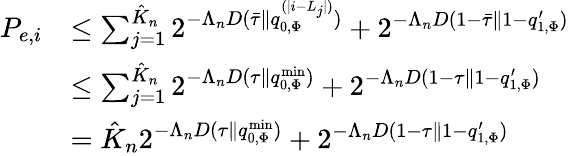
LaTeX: \begin{array}{rl}{P_{e,i}}&{\le\sum_{j=1}^{\hat{K}_{n}}2^{-\Lambda_{n}D(\bar{\tau}\| q_{0,\Phi}^{(|i-L_{j}|)})}+2^{-\Lambda_{n}D(1-\bar{\tau}\| 1-q_{1,\Phi}^{\prime})}}\\ &{\le\sum_{j=1}^{\hat{K}_{n}}2^{-\Lambda_{n}D(\tau\| q_{0,\Phi}^{\mathrm{min}})}+2^{-\Lambda_{n}D(1-\tau\| 1-q_{1,\Phi}^{\prime})}}\\ &{=\hat{K}_{n}2^{-\Lambda_{n}D(\tau\| q_{0,\Phi}^{\mathrm{min}})}+2^{-\Lambda_{n}D(1-\tau\| 1-q_{1,\Phi}^{\prime})}}\end{array}